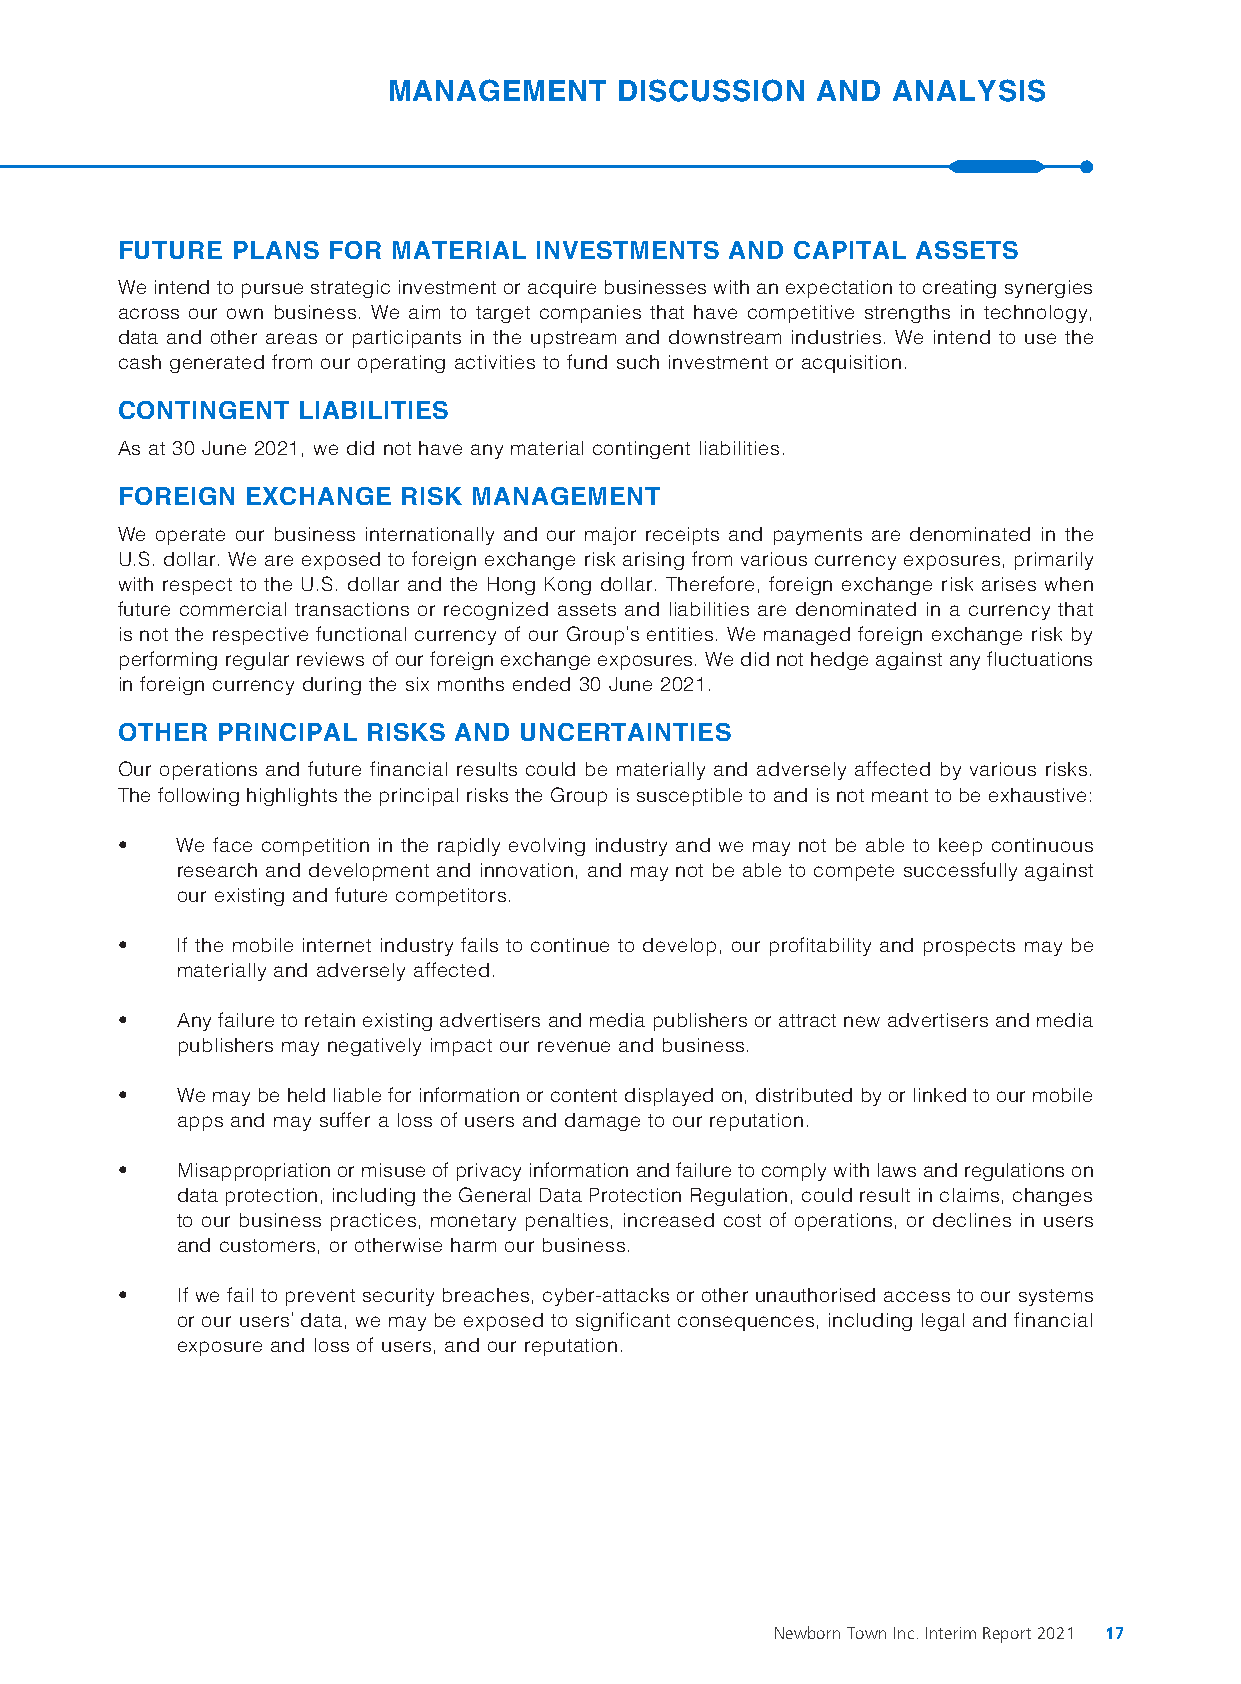
MANAGEMENT     DISCUSSION   AND  ANALYSIS
 FUTURE PLANS  FOR MATERIAL INVESTMENTS  AND  CAPITAL ASSETS
 We intend to pursue strategic investment or acquire businesses with an expectation to creating synergies
 across our own business. We aim to target companies that have competitive strengths in technology,
 data and other areas or participants in the upstream and downstream industries. We intend to use the
 cash generated from our operating activities to fund such investment or acquisition.
 CONTINGENT  LIABILITIES
 As at 30 June 2021, we did not have any material contingent liabilities.
 FOREIGN EXCHANGE   RISK MANAGEMENT
 We operate our business internationally and our major receipts and payments are denominated in the
 U.S. dollar. We are exposed to foreign exchange risk arising from various currency exposures, primarily
 with respect to the U.S. dollar and the Hong Kong dollar. Therefore, foreign exchange risk arises when
 future commercial transactions or recognized assets and liabilities are denominated in a currency that
 is not the respective functional currency of our Group’s entities. We managed foreign exchange risk by
 performing regular reviews of our foreign exchange exposures. We did not hedge against any fluctuations
 in foreign currency during the six months ended 30 June 2021.
 OTHER PRINCIPAL RISKS AND UNCERTAINTIES
 Our operations and future financial results could be materially and adversely affected by various risks.
 The following highlights the principal risks the Group is susceptible to and is not meant to be exhaustive:
 •   We face competition in the rapidly evolving industry and we may not be able to keep continuous
 research and development and innovation, and may not be able to compete successfully against
 our existing and future competitors.
 •   If the mobile internet industry fails to continue to develop, our profitability and prospects may be
 materially and adversely affected.
 •   Any failure to retain existing advertisers and media publishers or attract new advertisers and media
 publishers may negatively impact our revenue and business.
 •   We may be held liable for information or content displayed on, distributed by or linked to our mobile
 apps and may suffer a loss of users and damage to our reputation.
 •   Misappropriation or misuse of privacy information and failure to comply with laws and regulations on
 data protection, including the General Data Protection Regulation, could result in claims, changes
 to our business practices, monetary penalties, increased cost of operations, or declines in users
 and customers, or otherwise harm our business.
 •   If we fail to prevent security breaches, cyber-attacks or other unauthorised access to our systems
 or our users’ data, we may be exposed to significant consequences, including legal and financial
 exposure and loss of users, and our reputation.
 Newborn Town Inc. Interim Report 2021 17